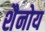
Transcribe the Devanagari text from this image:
शैनोय